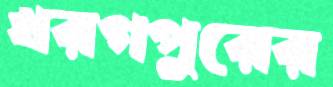
খরগপুরের